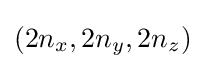
(2n_{x},2n_{y},2n_{z})